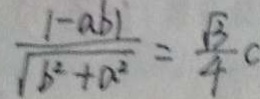
\frac { \vert - a b \vert } { \sqrt { b ^ { 2 } + a ^ { 2 } } } = \frac { \sqrt { 3 } } { 4 } c